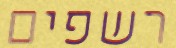
רשפים